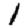
Digit: 1